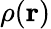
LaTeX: \rho({\mathbf{r}})